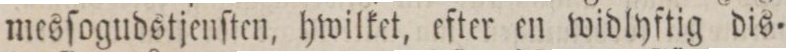
mesſogudstjenſten, hwilket, efter en widlyftig dis=